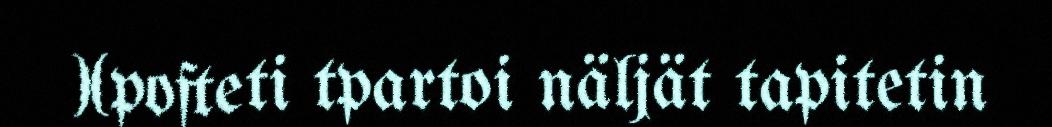
)(pofteti tpartoi näljät tapitetin